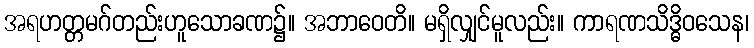
အရဟတ္တမဂ်တည်းဟူသောခဏ၌။ အဘာဝေတိ။ မရှိလျှင်မူလည်း။ ကာရဏသိဒ္ဓိဝသေန၊